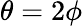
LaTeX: \theta=2\phi